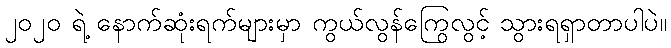
၂၀၂၀ ရဲ့ နောက်ဆုံးရက်များမှာ ကွယ်လွန်ကြွေလွင့် သွားရရှာတာပါပဲ။